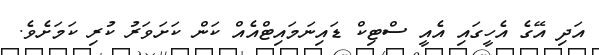
އަދި އޭގެ އެހީގައި އެއީ ސްޓިކް ޑައިނަމައިޓްއެއް ކަން ކަށަވަރު ކުރި ކަމަށެވެ.